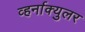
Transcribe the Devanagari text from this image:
व्हर्नाक्‍युलर